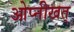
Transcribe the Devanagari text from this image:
ओप्नीखत्